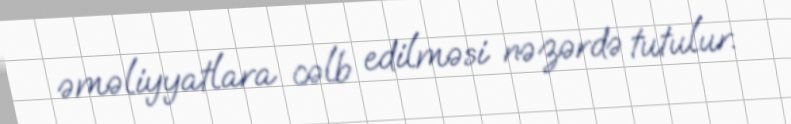
əməliyyatlara cəlb edilməsi nəzərdə tutulur.